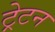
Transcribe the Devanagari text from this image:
ट्रेटन